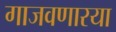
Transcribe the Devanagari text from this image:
गाजवणारया